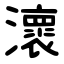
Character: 瀤